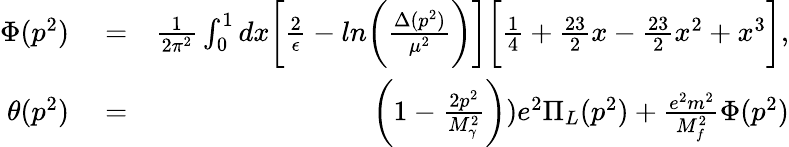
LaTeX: \begin{array}{rlr}{\Phi(p^{2})}&{{}=}&{\frac{1}{2\pi^{2}}\int_{0}^{1}dx\biggl[\frac{2}{\epsilon}-ln\biggl(\frac{\Delta(p^{2})}{\mu^{2}}\biggr)\biggr]\biggl[\frac{1}{4}+\frac{23}{2}x-\frac{23}{2}x^{2}+x^{3}\biggr],}\\ {\theta(p^{2})}&{{}=}&{\biggl(1-\frac{2p^{2}}{M_{\gamma}^{2}}\biggr))e^{2}\Pi_{L}(p^{2})+\frac{e^{2}m^{2}}{M_{f}^{2}}\Phi(p^{2})}\end{array}